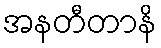
အနတီတာနိ